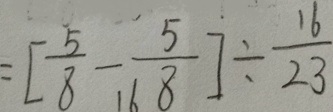
= [ \frac { 5 } { 8 } - \frac { 5 } { 1 6 8 } ] \div \frac { 1 6 } { 2 3 }